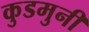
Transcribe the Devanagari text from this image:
कुडमुनी